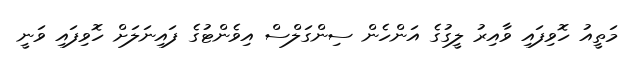
މަތީއު ހޮވިފައި ވާއިރު ލީގުގެ އަންހެން ސިންގަލްސް އިވެންޓުގެ ފައިނަލަށް ހޮވިފައި ވަނީ